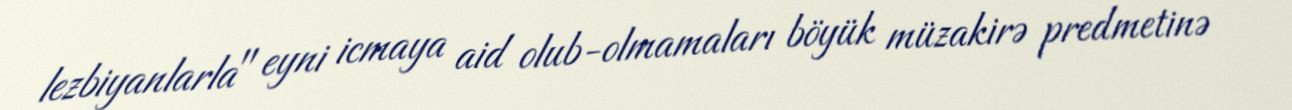
lezbiyanlarla" eyni icmaya aid olub-olmamaları böyük müzakirə predmetinə